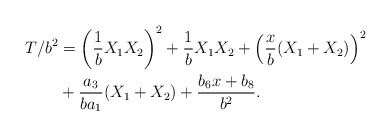
\begin{align*}T/b^2& =\left( \frac{1}{b} X_1 X_2 \right) ^2+ \frac{1}{b} X_1X_2+\left( \frac{x}{b} (X_1+X_2) \right)^2 \\& + \frac{a_3}{ba_1}(X_1+X_2)+\frac{b_6x+b_8}{b^2}.\end{align*}